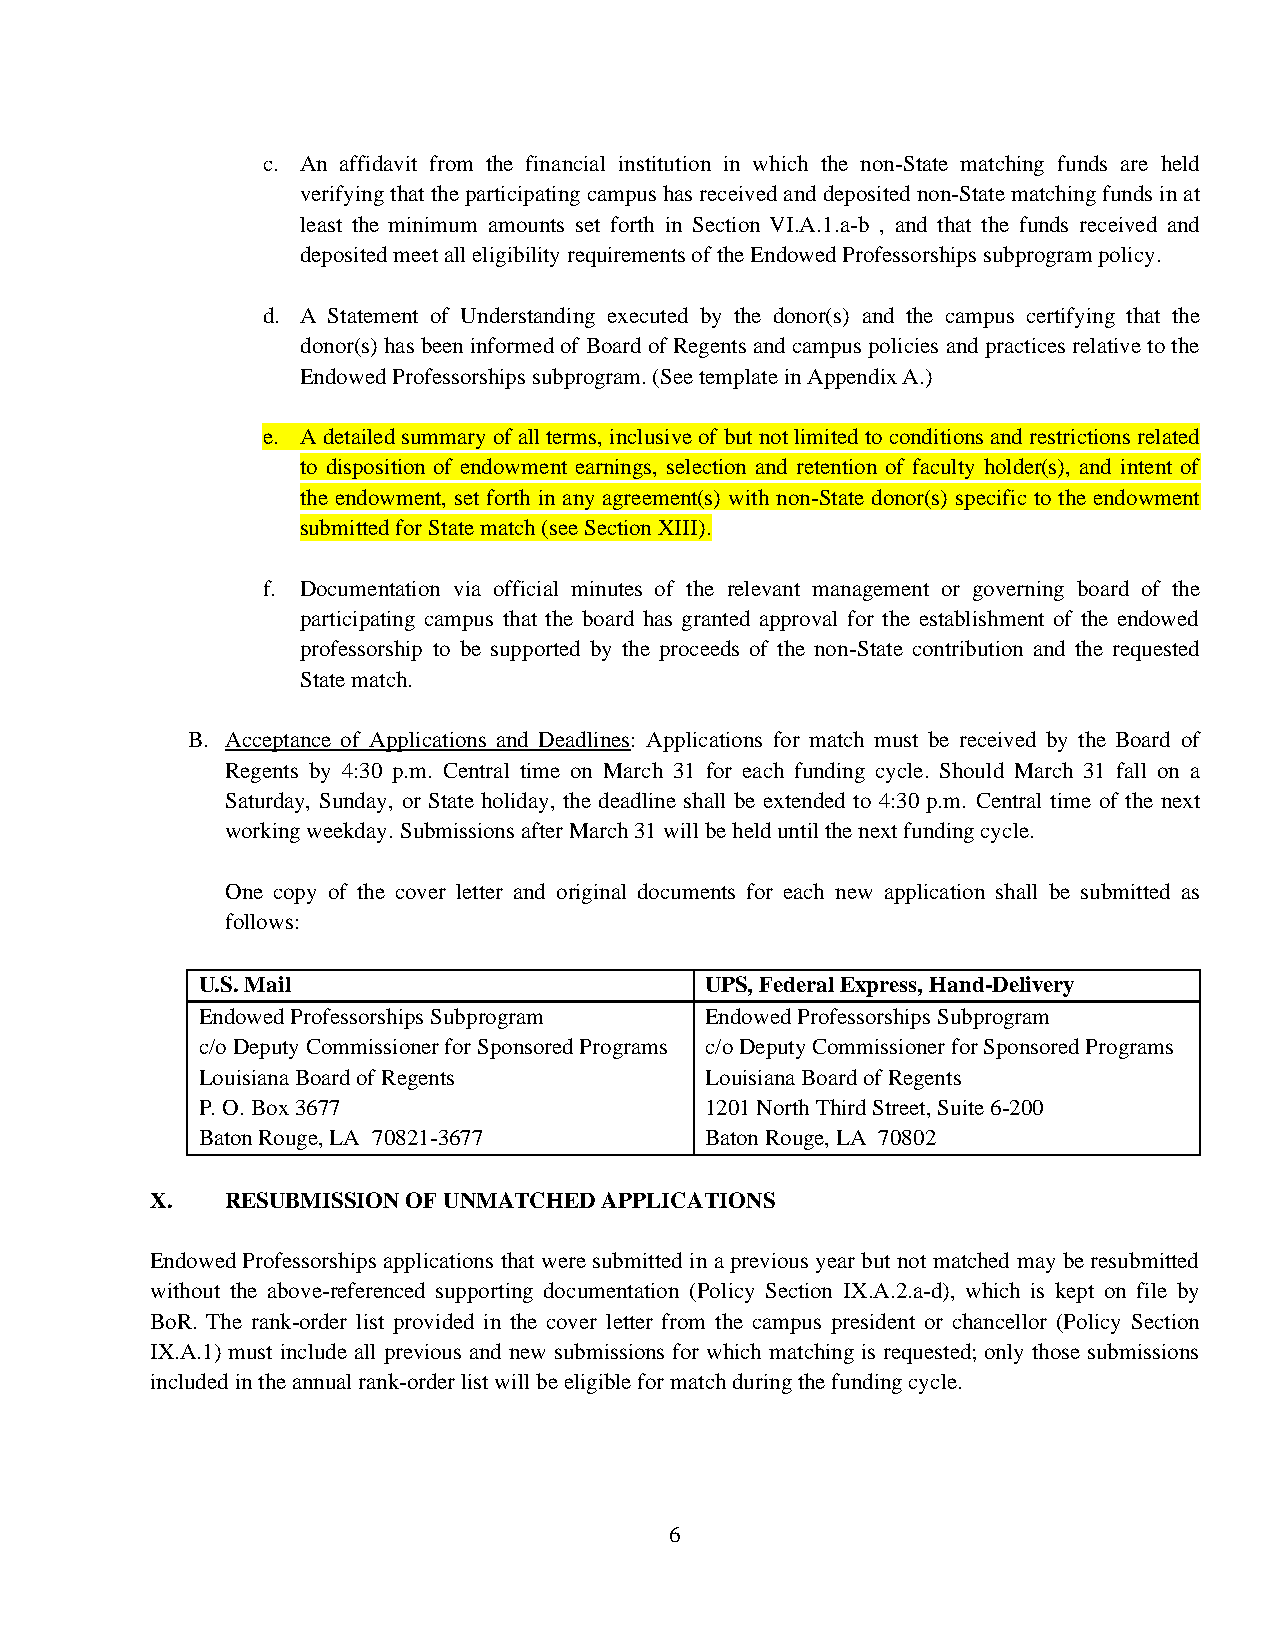
c. An affidavit from the financial institution in which the non-State matching funds are held
 verifying that the participating campus has received and deposited non-State matching funds in at
 least the minimum amounts set forth in Section VI.A.1.a-b , and that the funds received and
 deposited meet all eligibility requirements of the Endowed Professorships subprogram policy.
 d. A Statement of Understanding executed by the donor(s) and the campus certifying that the
 donor(s) has been informed of Board of Regents and campus policies and practices relative to the
 Endowed Professorships subprogram. (See template in Appendix A.)
 e. A detailed summary of all terms, inclusive of but not limited to conditions and restrictions related
 to disposition of endowment earnings, selection and retention of faculty holder(s), and intent of
 the endowment, set forth in any agreement(s) with non-State donor(s) specific to the endowment
 submitted for State match (see Section XIII).
 f. Documentation via official minutes of the relevant management or governing board of the
 participating campus that the board has granted approval for the establishment of the endowed
 professorship to be supported by the proceeds of the non-State contribution and the requested
 State match.
 B. Acceptance of Applications and Deadlines: Applications for match must be received by the Board of
 Regents by 4:30 p.m. Central time on March 31 for each funding cycle. Should March 31 fall on a
 Saturday, Sunday, or State holiday, the deadline shall be extended to 4:30 p.m. Central time of the next
 working weekday. Submissions after March 31 will be held until the next funding cycle.
 One copy of the cover letter and original documents for each new application shall be submitted as
 follows:
 U.S. Mail                         UPS, Federal Express, Hand-Delivery
 Endowed Professorships Subprogram Endowed Professorships Subprogram
 c/o Deputy Commissioner for Sponsored Programs c/o Deputy Commissioner for Sponsored Programs
 Louisiana Board of Regents        Louisiana Board of Regents
 P. O. Box 3677                    1201 North Third Street, Suite 6-200
 Baton Rouge, LA 70821-3677        Baton Rouge, LA 70802
 X.   RESUBMISSION OF UNMATCHED APPLICATIONS
 Endowed Professorships applications that were submitted in a previous year but not matched may be resubmitted
 without the above-referenced supporting documentation (Policy Section IX.A.2.a-d), which is kept on file by
 BoR. The rank-order list provided in the cover letter from the campus president or chancellor (Policy Section
 IX.A.1) must include all previous and new submissions for which matching is requested; only those submissions
 included in the annual rank-order list will be eligible for match during the funding cycle.
 6